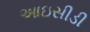
આઇસીડી